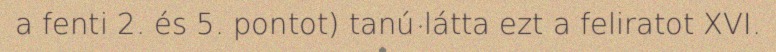
a fenti 2. és 5. pontot) tanú látta ezt a feliratot XVI.